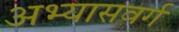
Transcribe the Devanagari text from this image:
अभ्यासवर्ग